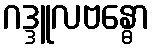
ဂဒ္ဒူလဗန္ဓော